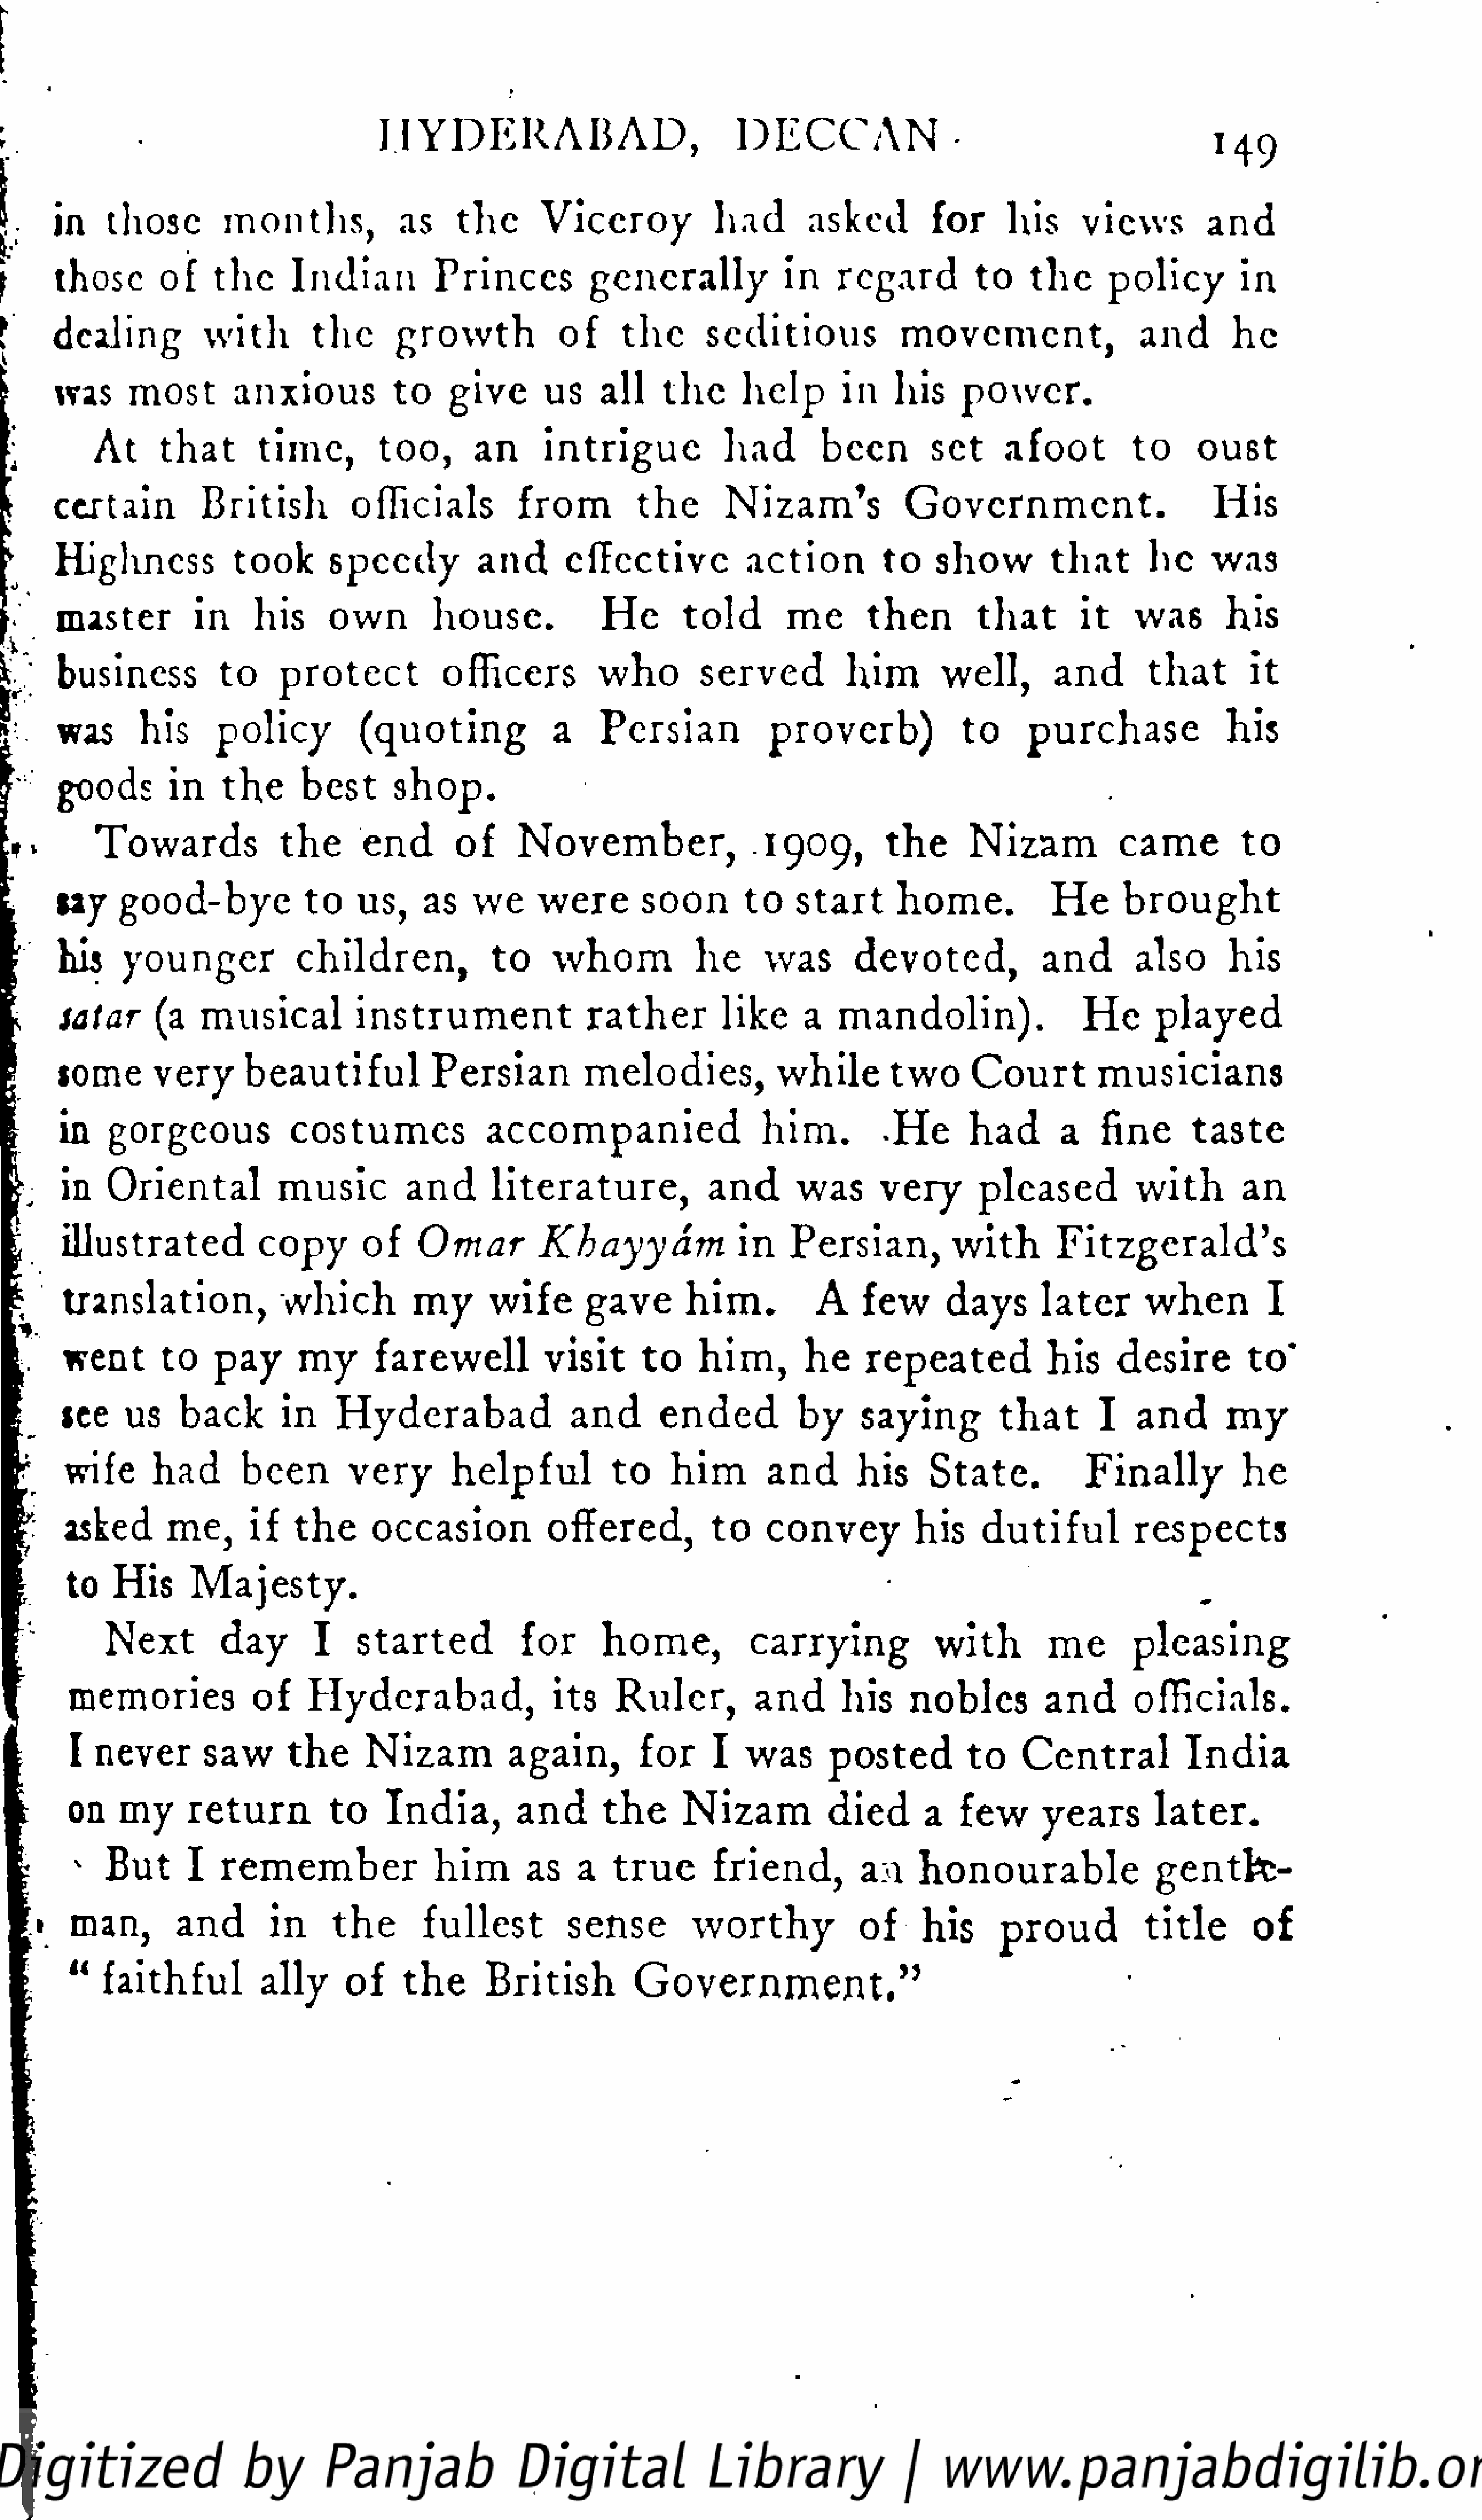
H   Y   D   E   R   A   B   A   D,        D   E   C   C   AN                                        i
 49
 in     those         months,              as     the       Viceroy             had        asked          for      his      views          and
 j     those        of     the      Indian           Princes           generally              in    regard           to    the      policy          in
 I     dealing           with         the       growth             of      t he     seditious              movement,                    and        he
 was       most        anxious            to     give       us     all    the      help        in    his      power.
 At      that        time,         too,       an      intrigue              had        been         set      afoot          to      oust
 certain           British           officials           from          t he      Nizam's               G   o  v  e r n  m    e n  t.        His
 Highness             took       speedy            and       cflcctivc             action          to    show          that       he     was
 master          in      his     own          house.              He       told        me        then        t h  at     it    was         his
 business           to     protect             officers          who         served            him        well,        and        t h  at     it
 j      was       his      policy           (quoting               a     Persian             proverb)               to     purchase                his
 goods         in    the      best       shop.
 Towards               the       end        of     November,                     1909,         the       Nizam            came           to
 lay    good-bye              to     us,    as    we      were        soon        to    start       home.             He       b  r o  u  g  ht
 his     younger              children,              to     whom             he     was        devoted,               and       also        his
 satar       (a   musical            instrument                 rather          like      a   mandolin).                   He       played
 tome        very      beautiful              Persian           melodies,              while        two       Court          musicians
 in    gorgeous              costumes               accompanied                      him.          -He        had       a    fine        taste
 in    Oriental            music           and      literature,               and       was       very        pleased            with        an
 illustrated             copy        of     Omar           Khayyam                 in    Persian,           with         Fitzgerald's
 translation,               which          my       wife       gave        h  i m.        A     few       days       later        when          I
 went       to     pay      my       farewell             visit      to     him,        he     repeated             his      desire         to*
 lee     us     back        in    Hyderabad                   and        ended           by     saying           t h at     I    and        my
 wife       had       been         very        helpful            to     him        and       his      State.            Finally            he
 asked       me,       if   t he     occasion             offered,            to    convey            his     dutiful           respects
 to    His       Majesty.
 Next         day        I    started             for      home,             carrying              with         me        pleasing
 memories              of     Hyderabad,                   its     Ruler,          and       his     nobles          and         officials.
 I   never        saw      t he      Nizam           again,          for      I   was      posted           to    Central             India
 on     my      return           to    India,         and       t he      Nizam            died       a   few       years         later.
 *   But       I   remember                 him        as    a   t r ue      friend,          an     honourable                   g  e  n  t k-
 •    man,        and        in      t he      fullest          sense          w   o  r t hy       of      his      p  r o  ud       t i t le    of
 I   "   faithful           ally       of     the      British           G    o  v  e r  n  m   e  n  t ,"